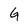
Character: G